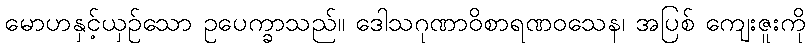
မောဟနှင့်ယှဉ်သော ဥပေက္ခာသည်။ ဒေါသဂုဏာဝိစာရဏဝသေန၊ အပြစ် ကျေးဇူးကို